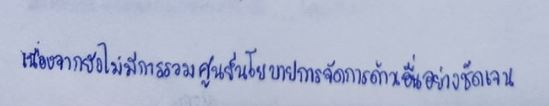
เนื่องจากยังไม่มีการรวมศูนย์นโยบายการจัดการด้านอื่นอย่างชัดเจน